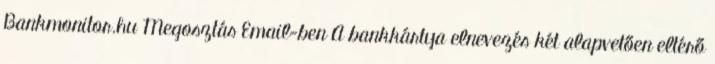
Bankmonitor.hu Megosztás Email-ben A bankkártya elnevezés két alapvetően eltérő